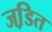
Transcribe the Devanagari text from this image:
जडि़त